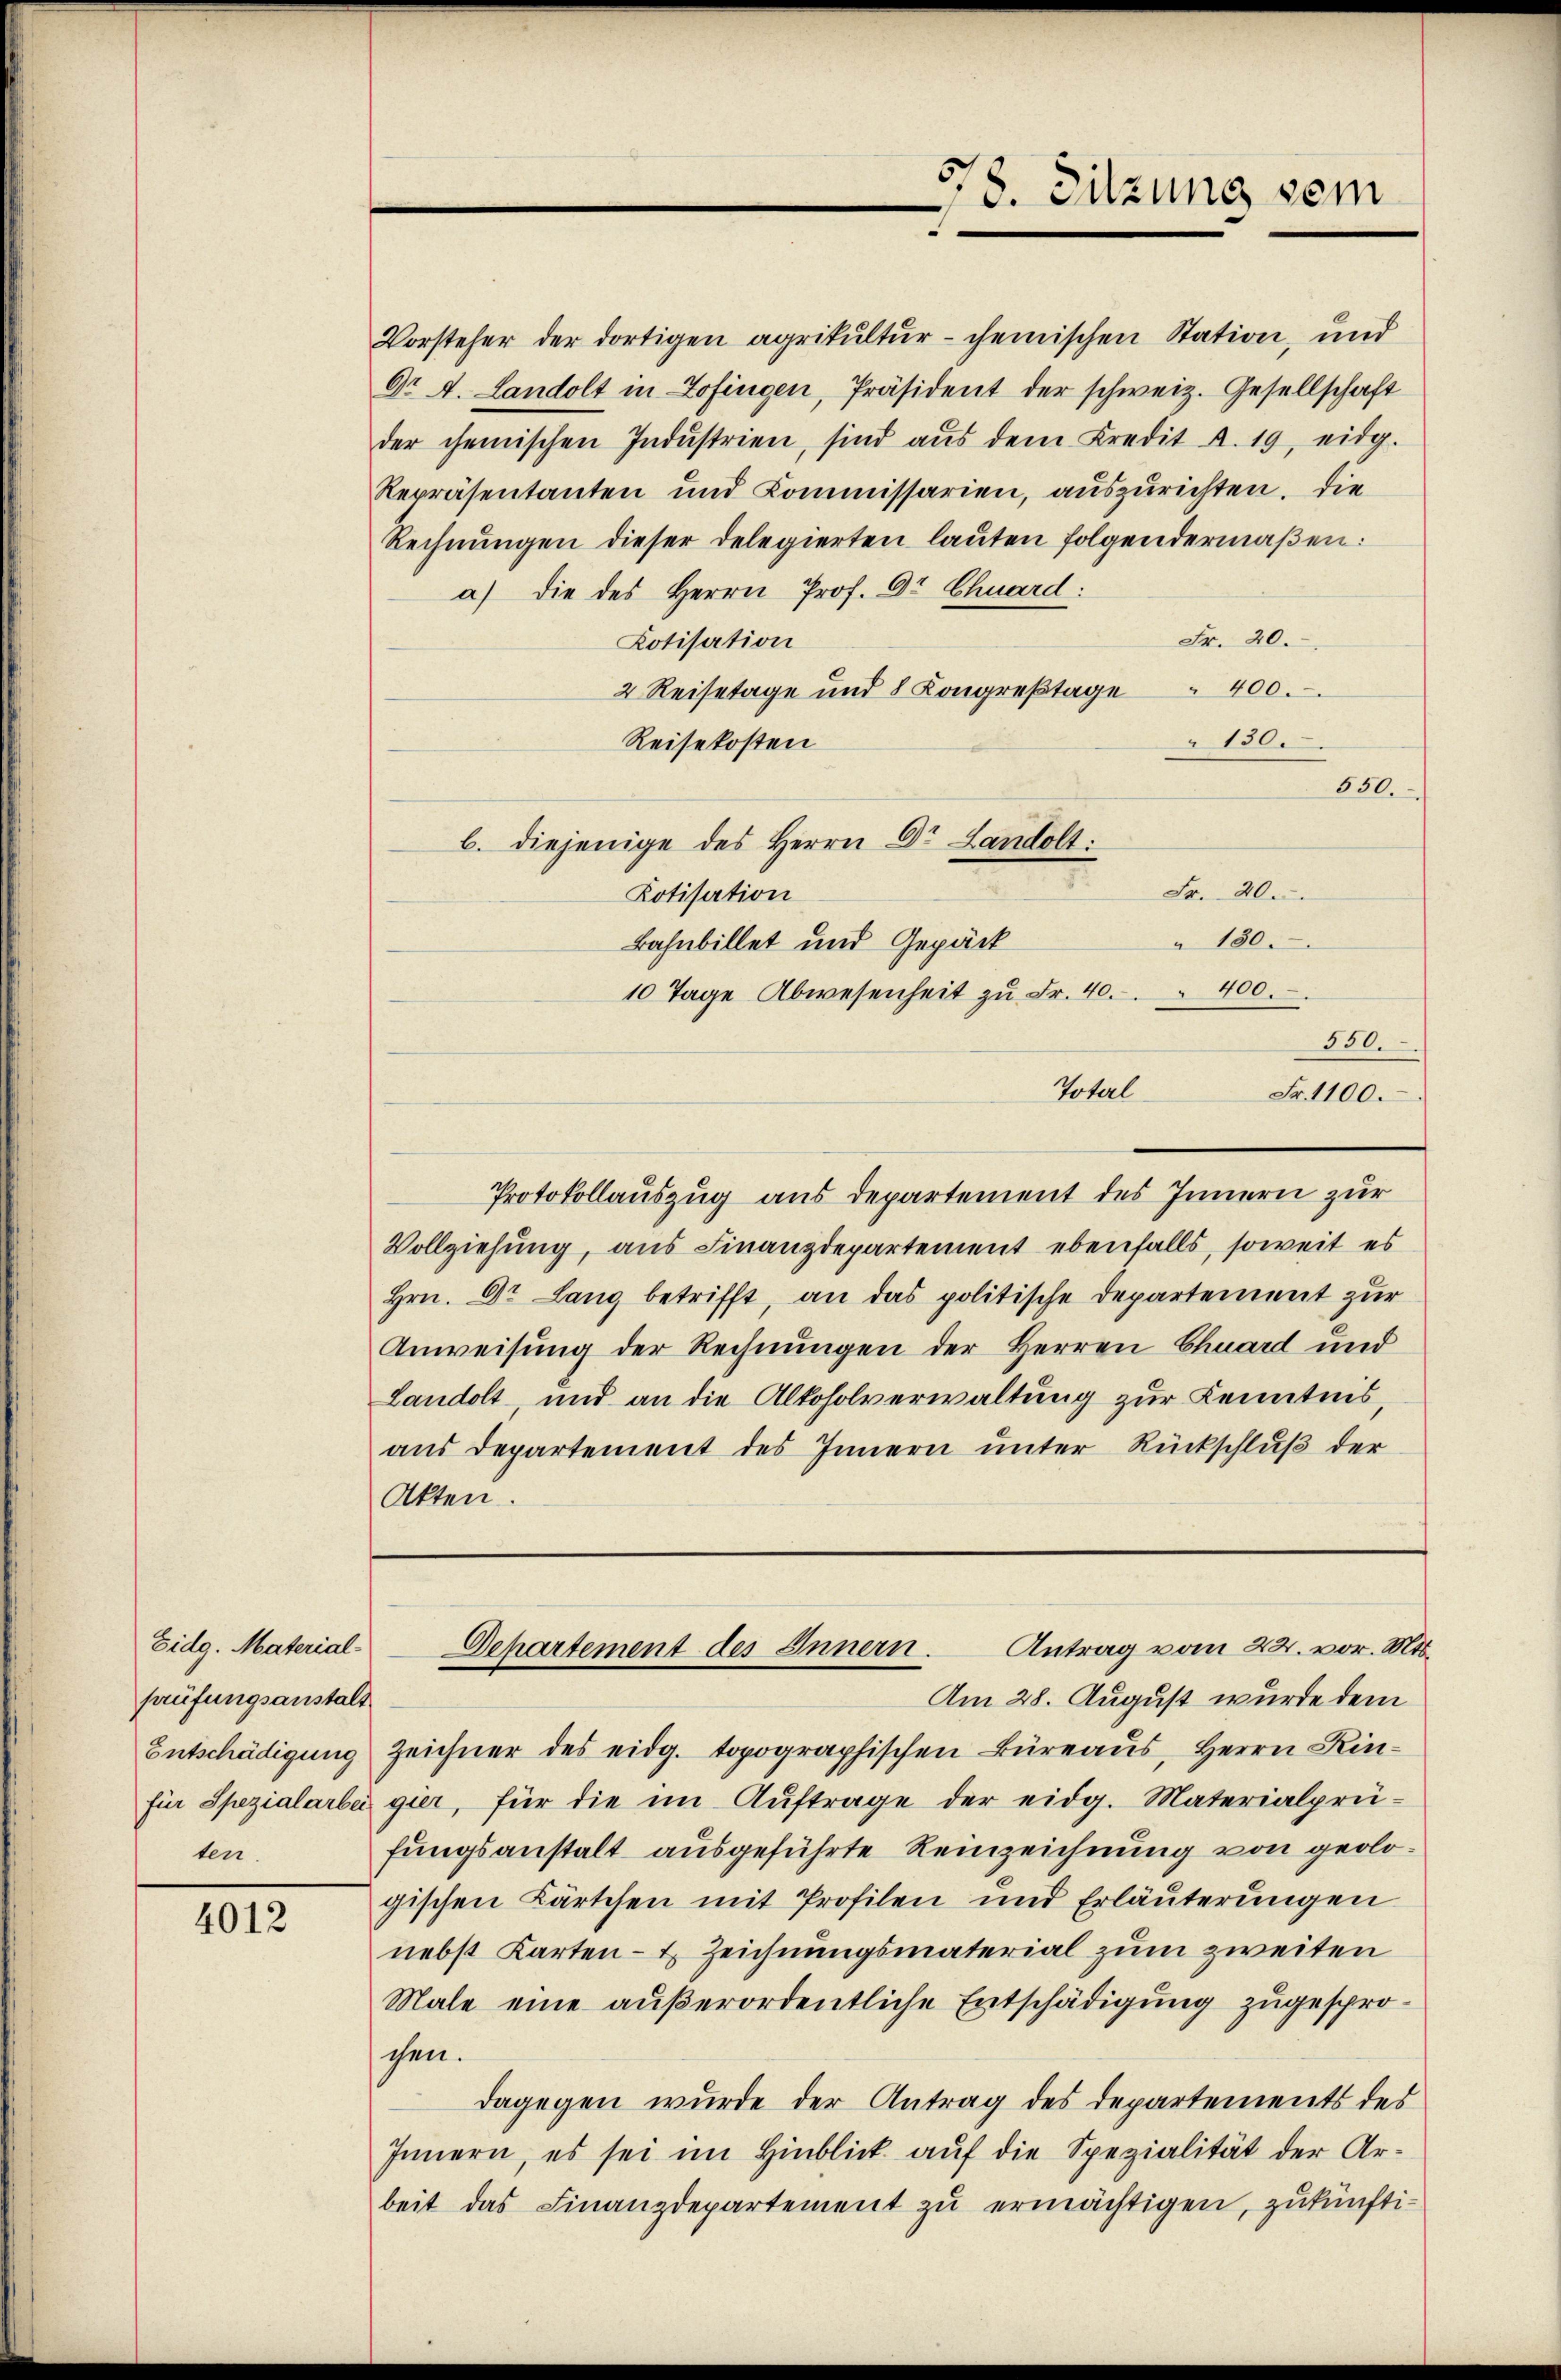
Eidg. Materialprüfungsanstalt
Entschädigung
ten.

4012

378. Sitzung sein

Vorsteher der dortigen agrikultur- chemischen Station, und
Dr A. Landolt in Zofingen, Präsident der schweiz. Gesellschaft
der chemischen Indŭstrien, sind aŭs dem Kredit d. 19, eidg.
Repräsentanten und Kommissarien, auszurichten. Die
Rechnungen dieser delegierten lauten folgendermaßen:
a) die des Herrn Prof. Dr Chuard:
Fr. 20.
Kotisation
400.
2 Reisetage und 8 Kongreßtage
150.
Reisekosten
630.
b. diejenige des Herrn Dr. Landolt:
Kotisation
150.
Bahnbillet und Gepäck
10 Tage Abwesenheit zŭ Fr. 40. 400.
330.
Total
Fr. 1100.
Protokollauszug aus Departement des Innern zur
Vollziehung, aus Finanzdepartement ebenfalls, soweit es
Hrn. Dr. Lang betrifft, an das politische Departement zur
Anweisung der Rechnungen der Herren Chuard und
Landolt und an die Alkoholverwaltung zur Kenntnis,
aus Departement des Innern unter Rückschluß der
Akten.

Fr. 20.

Am 28. August wurde dem
Zeichner des eidg. topographischen Büreaus, Herrn Kinfür Spezialarbei gier, für die im Aŭftrage der eidg. Materialprü-
fungsanstalt ausgeführte Reinzeichnung von geologischen Kärtchen mit Profilen und Erläuterungen
nebst Karten- & Zeichnungsmaterial zum zweiten
Male eine außerordentliche Entschädigung zugesprochen.
dagegen wurde der Antrag des Departements des
Innern, es sei im Hinblick aŭf die Spezialität der Ar-
beit das Finanzdepartement zu ermächtigen, zukünfti¬

Antrag vom 22. vor. Mts.
Departement des Innern.